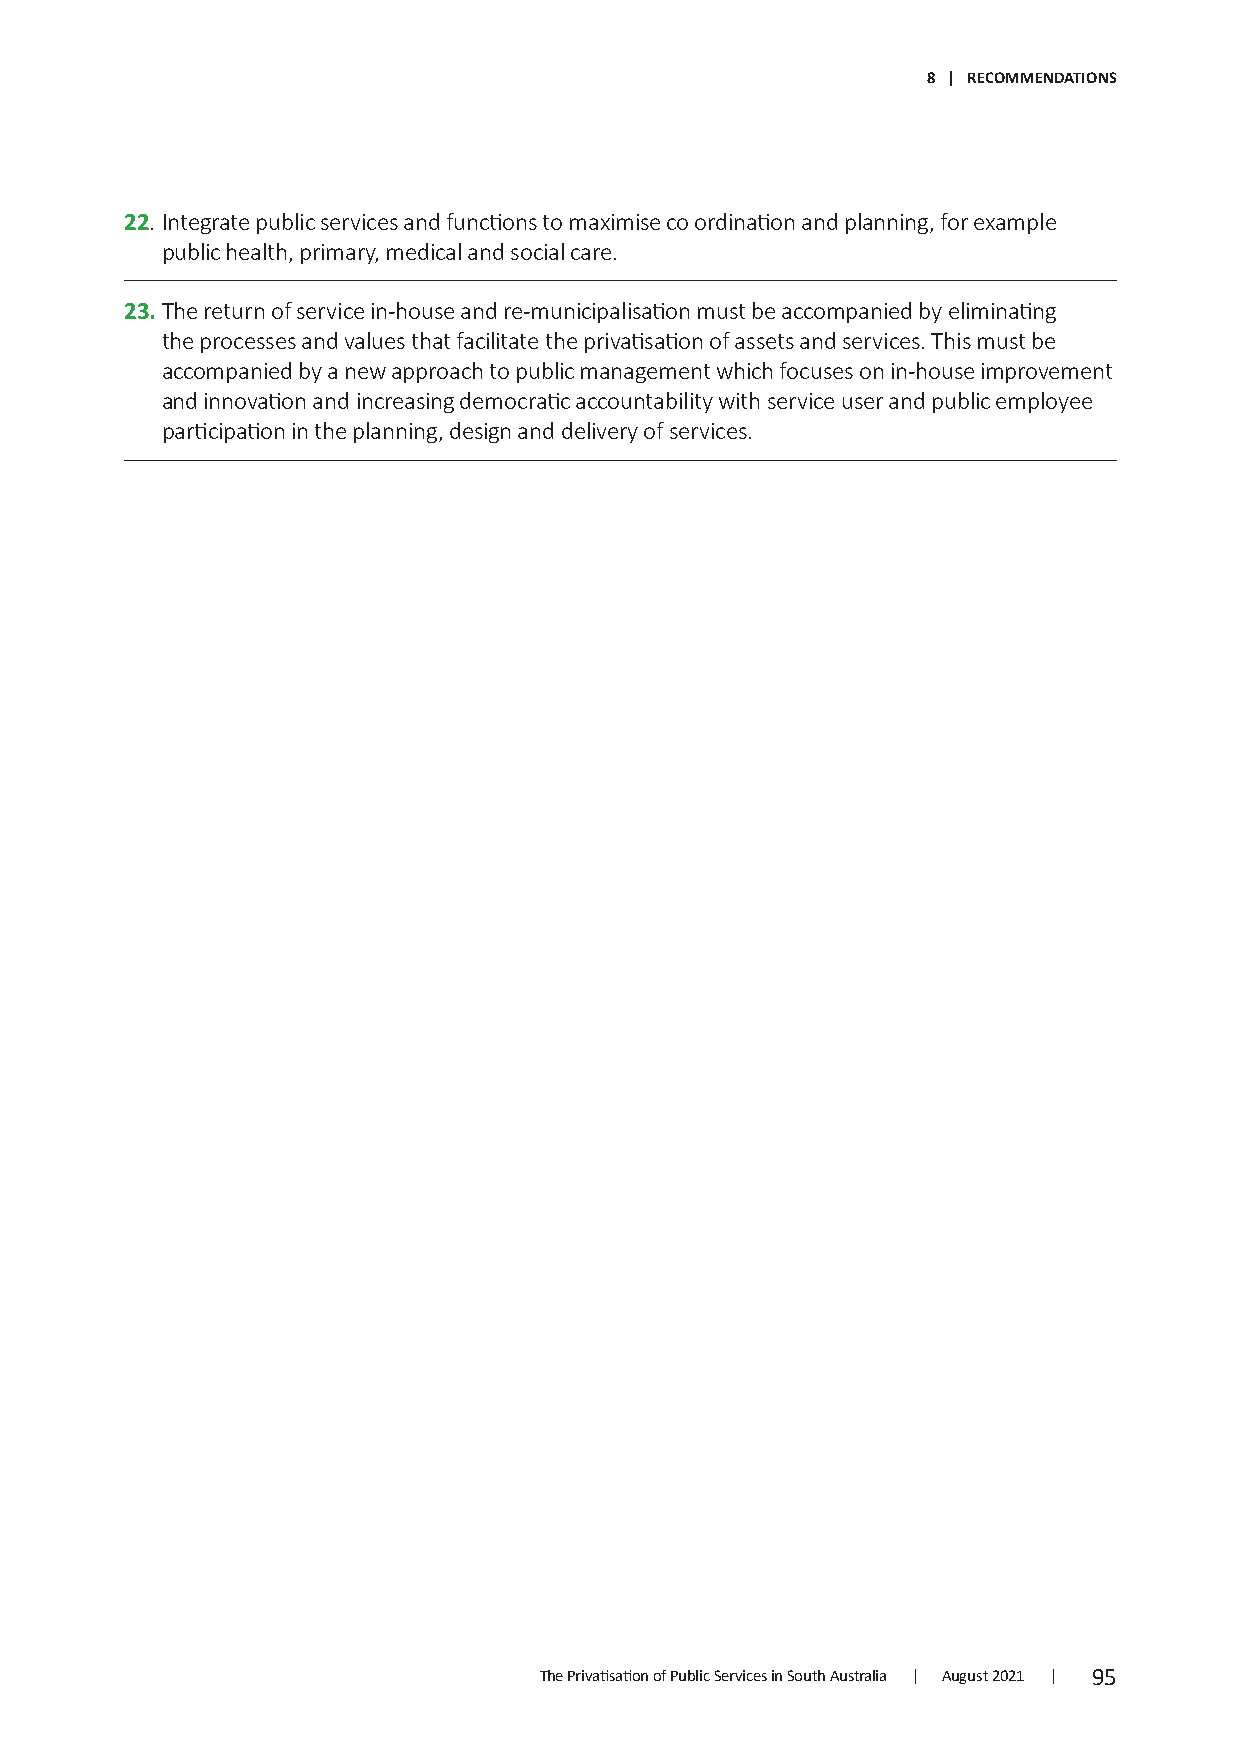
8 | RECOMMENDATIONS
 22. I ntegrate public services and functions to maximise co ordination and planning, for example
 public health, primary, medical and social care.
 23 . T he return of service in-house and re-municipalisation must be accompanied by eliminating
 the processes and values that facilitate the privatisation of assets and services. This must be
 accompanied by a new approach to public management which focuses on in-house improvement
 and innovation and increasing democratic accountability with service user and public employee
 participation in the planning, design and delivery of services.
 The Privatisation of Public Services in South Australia | August 2021 | 95